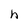
Character: h